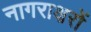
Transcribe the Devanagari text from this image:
नागराक्षरों